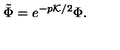
\tilde { \Phi } = e ^ { - p { \cal K } / 2 } \Phi .